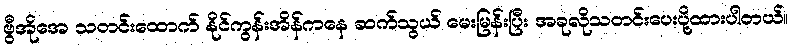
ဗွီအိုအေ သတင်းထောက် နိုင်ကွန်းအိန်ကနေ ဆက်သွယ် မေးမြန်းပြီး အခုလိုသတင်းပေးပို့ထားပါတယ်။